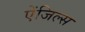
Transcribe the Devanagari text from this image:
ऐंजिल्स